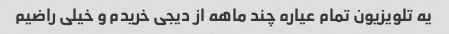
یه تلویزیون تمام عیاره چند ماهه از دیجی خریدم و خیلی راضیم